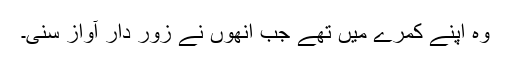
وہ اپنے کمرے میں تھے جب انھوں نے زور دار آواز سنی۔